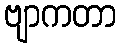
ဗျာကတာ